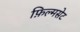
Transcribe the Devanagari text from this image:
फ़िल्मसेट